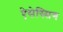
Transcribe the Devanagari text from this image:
ऐसेस्सिग